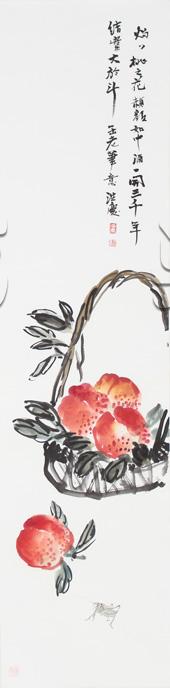
投我以桃，报之以李。